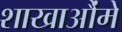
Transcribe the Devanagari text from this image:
शाखाऔंमे